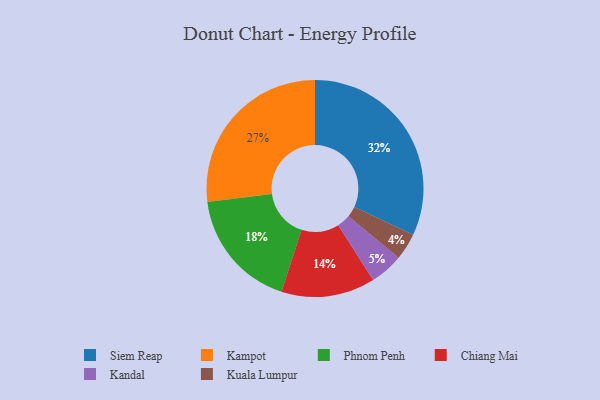
{"axis": {"x": "Category", "y": "Percentage"}, "legend": ["Chiang Mai", "Kampot", "Kandal", "Kuala Lumpur", "Phnom Penh", "Siem Reap"], "data": [{"x": "Phnom Penh", "y": 18, "type": "Phnom Penh"}, {"x": "Kuala Lumpur", "y": 4, "type": "Kuala Lumpur"}, {"x": "Kandal", "y": 5, "type": "Kandal"}, {"x": "Kampot", "y": 27, "type": "Kampot"}, {"x": "Chiang Mai", "y": 14, "type": "Chiang Mai"}, {"x": "Siem Reap", "y": 32, "type": "Siem Reap"}]}